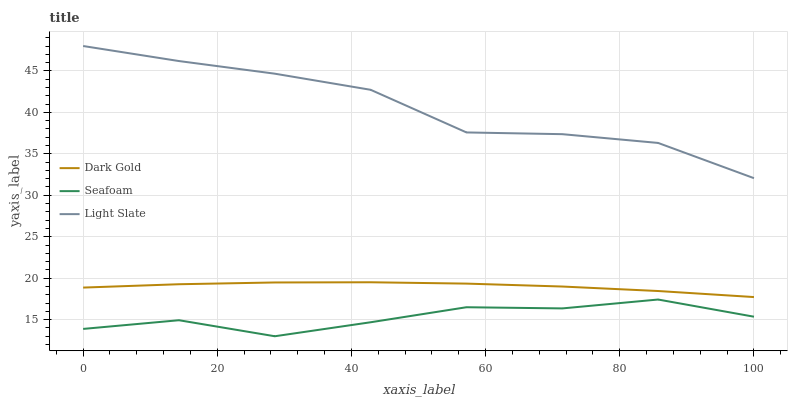
| xaxis_label | Dark Gold | Seafoam | Light Slate |
 | --- | --- | --- | --- |
 | 0 | 18.9 | 13.9 | 48 |
 | 14.3 | 19.3 | 14.9 | 46.2 |
 | 28.6 | 19.5 | 13 | 44.7 |
 | 42.9 | 19.5 | 14.7 | 42.7 |
 | 57.1 | 19.3 | 16.5 | 37.6 |
 | 71.4 | 19 | 16.4 | 37.4 |
 | 85.7 | 18.5 | 17.4 | 36.3 |
 | 100 | 17.7 | 15.4 | 32.1 |